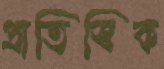
প্রাতিস্বিক